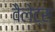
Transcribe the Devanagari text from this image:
वैलेट्स